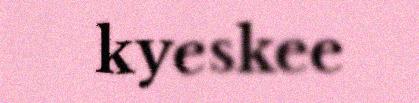
kyeskee